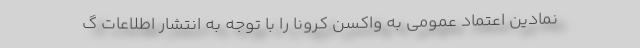
نمادین اعتماد عمومی به واکسن کرونا را با توجه به انتشار اطلاعات گ